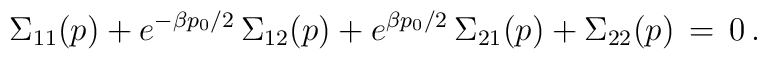
\Sigma_{11}(p)  +   e^{- \beta p_0/2}  \, \Sigma_{12}(p)  + e^{ \beta p_0/2} \,  \Sigma_{21}(p)  + \Sigma_{22}(p) \, = \, 0  \, .